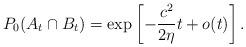
LaTeX: \begin{align*} P_0(A_t\cap B_t)=\exp\left[-\frac{c^2}{2\eta}t+o(t)\right]. \end{align*}